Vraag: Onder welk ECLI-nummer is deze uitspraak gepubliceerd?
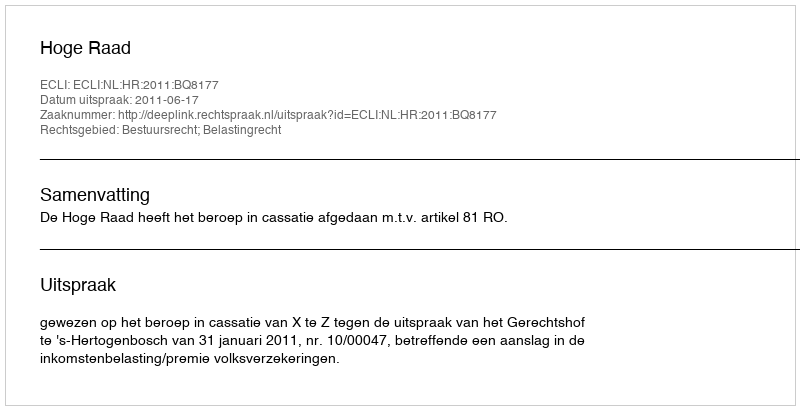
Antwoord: ECLI:NL:HR:2011:BQ8177